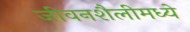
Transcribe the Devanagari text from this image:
जीवनशैलीमध्ये